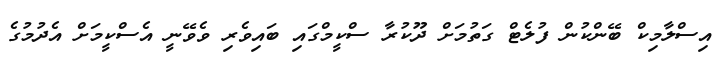
އިސްލާމިކް ބޭންކުން ފުލެޓް ގަތުމަށް ދޫކުރާ ސްކީމްގައި ބައިވެރި ވެވޭނީ އެސްކީމަށް އެދުމުގެ